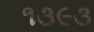
૧૩૯૩